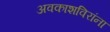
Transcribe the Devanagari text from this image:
अवकाशविरांना